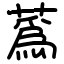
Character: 蔿